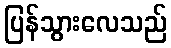
ပြန်သွားလေသည်